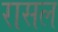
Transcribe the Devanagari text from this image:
रासल